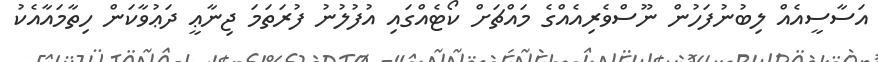
އަސާސީއެއް ލިބުނުފަހުން ނޫސްވެރިއެއްގެ މައްޗަށް ކޯޓެއްގައި އުފުލުނު ފުރަތަމަ ޖިނާޢީ ދަޢުވާކަން ހިތާމައާއެކު